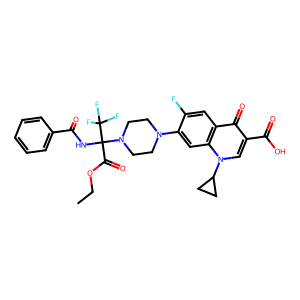
SMILES: CCOC(=O)C(NC(=O)c1ccccc1)(N1CCN(c2cc3c(cc2F)c(=O)c(C(=O)O)cn3C2CC2)CC1)C(F)(F)F
Inhibits HIV replication: No